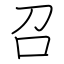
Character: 召